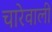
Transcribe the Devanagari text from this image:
चारेवाली